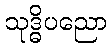
သုဒ္ဓိပညော